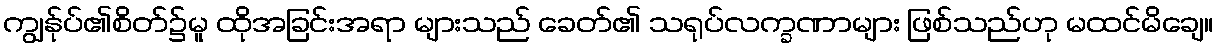
ကျွန်ုပ်၏စိတ်၌မူ ထိုအခြင်းအရာ များသည် ခေတ်၏ သရုပ်လက္ခဏာများ ဖြစ်သည်ဟု မထင်မိချေ။